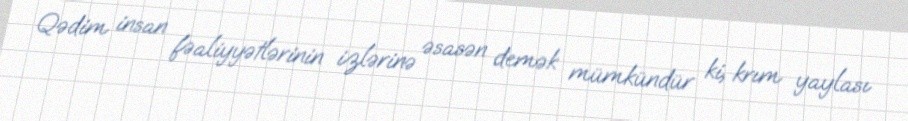
Qədim insan fəaliyyətlərinin izlərinə əsasən demək mümkündür ki, krım yaylası